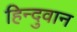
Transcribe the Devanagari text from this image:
हिन्दुवान